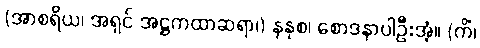
(အာစရိယ၊ အရှင် အဋ္ဌကထာဆရာ၊) နနုစ၊ စောဒနာပါဦးအံ့။ (ကိံ၊